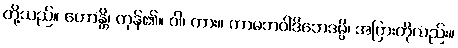
တို့သည်။ ဟောန္တိ၊ ကုန်၏။ ဝါ၊ ကား။ ကာမဘဝါဒိဘေဒမ္ပိ၊ အပြားကိုလည်း။